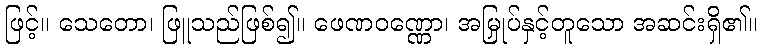
ဖြင့်။ သေတော၊ ဖြူသည်ဖြစ်၍။ ဖေဏဝဏ္ဏော၊ အမြှုပ်နှင့်တူသော အဆင်းရှိ၏။